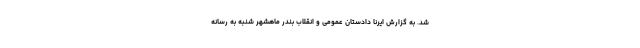
شد. به گزارش ایرنا دادستان عمومی و انقلاب بندر ماهشهر شنبه به رسانه